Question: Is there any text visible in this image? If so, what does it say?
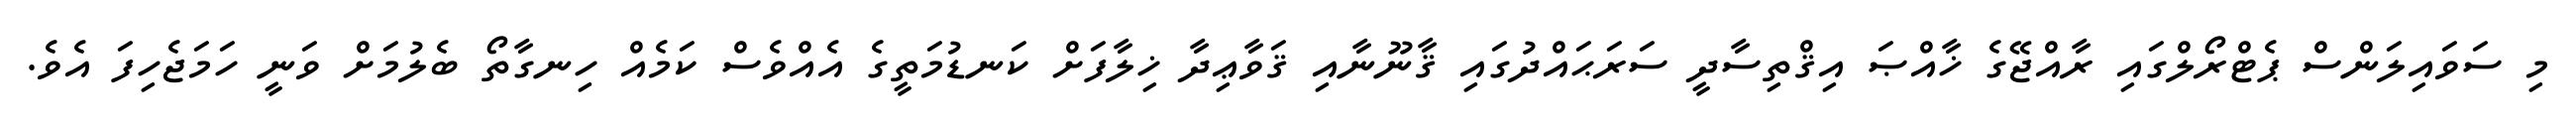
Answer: މި ސަވައިލަންސް ޕެޓްރޯލްގައި ރާއްޖޭގެ ޚާއްޞަ އިޤްތިސާދީ ސަރަޙައްދުގައި ޤާނޫނާއި ޤަވާޢިދާ ޚިލާފަށް ކަނޑުމަތީގެ އެއްވެސް ކަމެއް ހިނގާތޯ ބެލުމަށް ވަނީ ހަމަޖެހިފަ އެވެ.